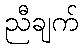
ညီချက်